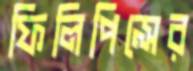
ফিলিপিন্সের